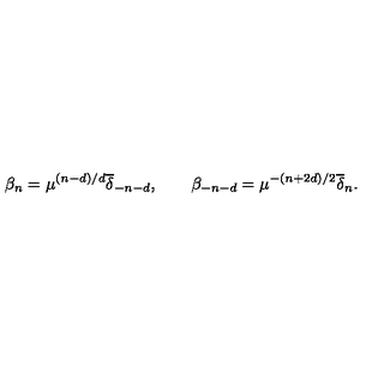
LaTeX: \beta _ { n } = \mu ^ { ( n - d ) / d } { \overline { \delta } } _ { - n - d } , \qquad \beta _ { - n - d } = \mu ^ { - ( n + 2 d ) / 2 } { \overline { \delta } } _ { n } .